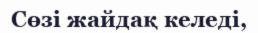
Сөзі жайдақ келеді,